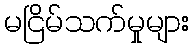
မငြိမ်သက်မှုများ